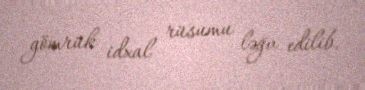
gömrük idxal rüsumu ləğv edilib.